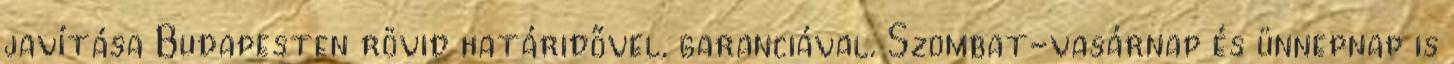
javítása Budapesten rövid határidővel, garanciával. Szombat-vasárnap és ünnepnap is